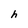
Character: h